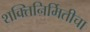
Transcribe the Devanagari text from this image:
शक्तिनिर्मितीचा